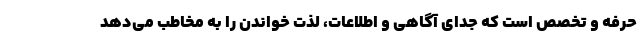
حرفه و تخصص است که جدای آگاهی و اطلاعات، لذت خواندن را به مخاطب می‌دهد